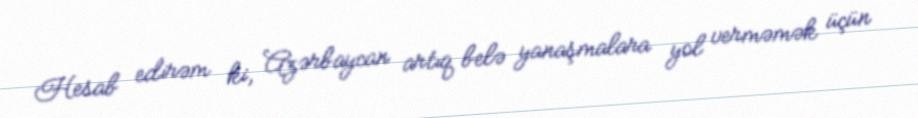
Hesab edirəm ki, Azərbaycan artıq belə yanaşmalara yol verməmək üçün